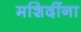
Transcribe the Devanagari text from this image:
मशिदींना